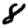
Digit: 8